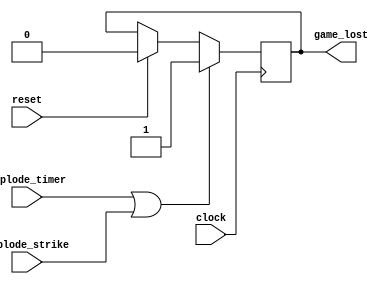
`timescale 1ns / 1ps
//////////////////////////////////////////////////////////////////////////////////
// Company: 
// Engineer: 
// 
// Design Name: 
// Module Name:    explode 
// Project Name: 
// Target Devices: 
// Tool versions: 
// Description: 
//
// Dependencies: 
//
// Revision: 
// Revision 0.01 - File Created
// Additional Comments: 
//
//////////////////////////////////////////////////////////////////////////////////
module explode(
	input clock,
	input reset,
	input explode_timer,	// explosion from timer module
	input explode_strike,	//explosion from strikes module
	output reg game_lost = 0 //if the game is lost
	);
	
	always @(posedge clock) begin
		if(reset) game_lost <= 0;
		if (explode_timer || explode_strike) game_lost <= 1;
	end

endmodule